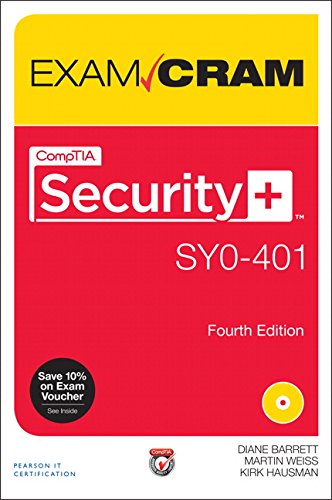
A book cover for CompTIA Security+ SY0-401 Exam Cram (4th Edition); Diane Barrett; Computers & Technology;